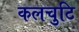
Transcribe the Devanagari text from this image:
कलचुटि